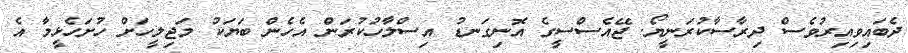
ދެބައިވިއިރުވެސް ދިރާސާކުރަނީޔޯ. ޖޭއެސްސީގެ އޮނިގަނޑު އިސްލާހުކުރަން އެހެން ބަޔަކު މަޖިލީހަށް ހުށަހެޅީމާ އެ